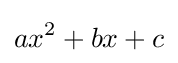
ax^{2}+bx+c\,\!